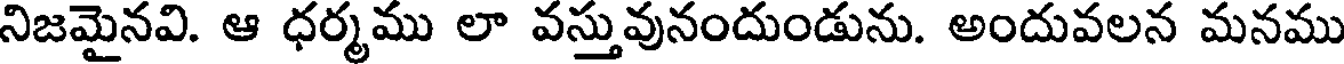
నిజమైనవి. ఆ ధర్మము లా వస్తువునందుండును. అందువలన మనము